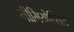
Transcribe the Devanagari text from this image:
नीमियोप्सिस